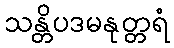
သန္တိပဒမနုတ္တရံ